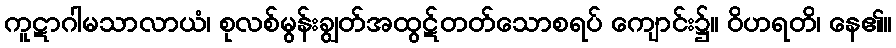
ကူဋာဂါမသာလာယံ၊ စုလစ်မွန်းချွတ်အထွဋ်တတ်သောစရပ် ကျောင်း၌။ ဝိဟရတိ၊ နေ၏။